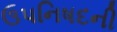
ઉપનિષદની